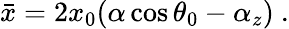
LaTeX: \bar{x}=2x_{0}(\alpha\cos\theta_{0}-\alpha_{z})\ .